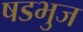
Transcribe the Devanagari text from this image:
षडभुज